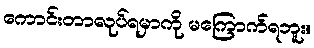
ကောင်းတာလုပ်ရမှာကို မကြောက်ရဘူး။